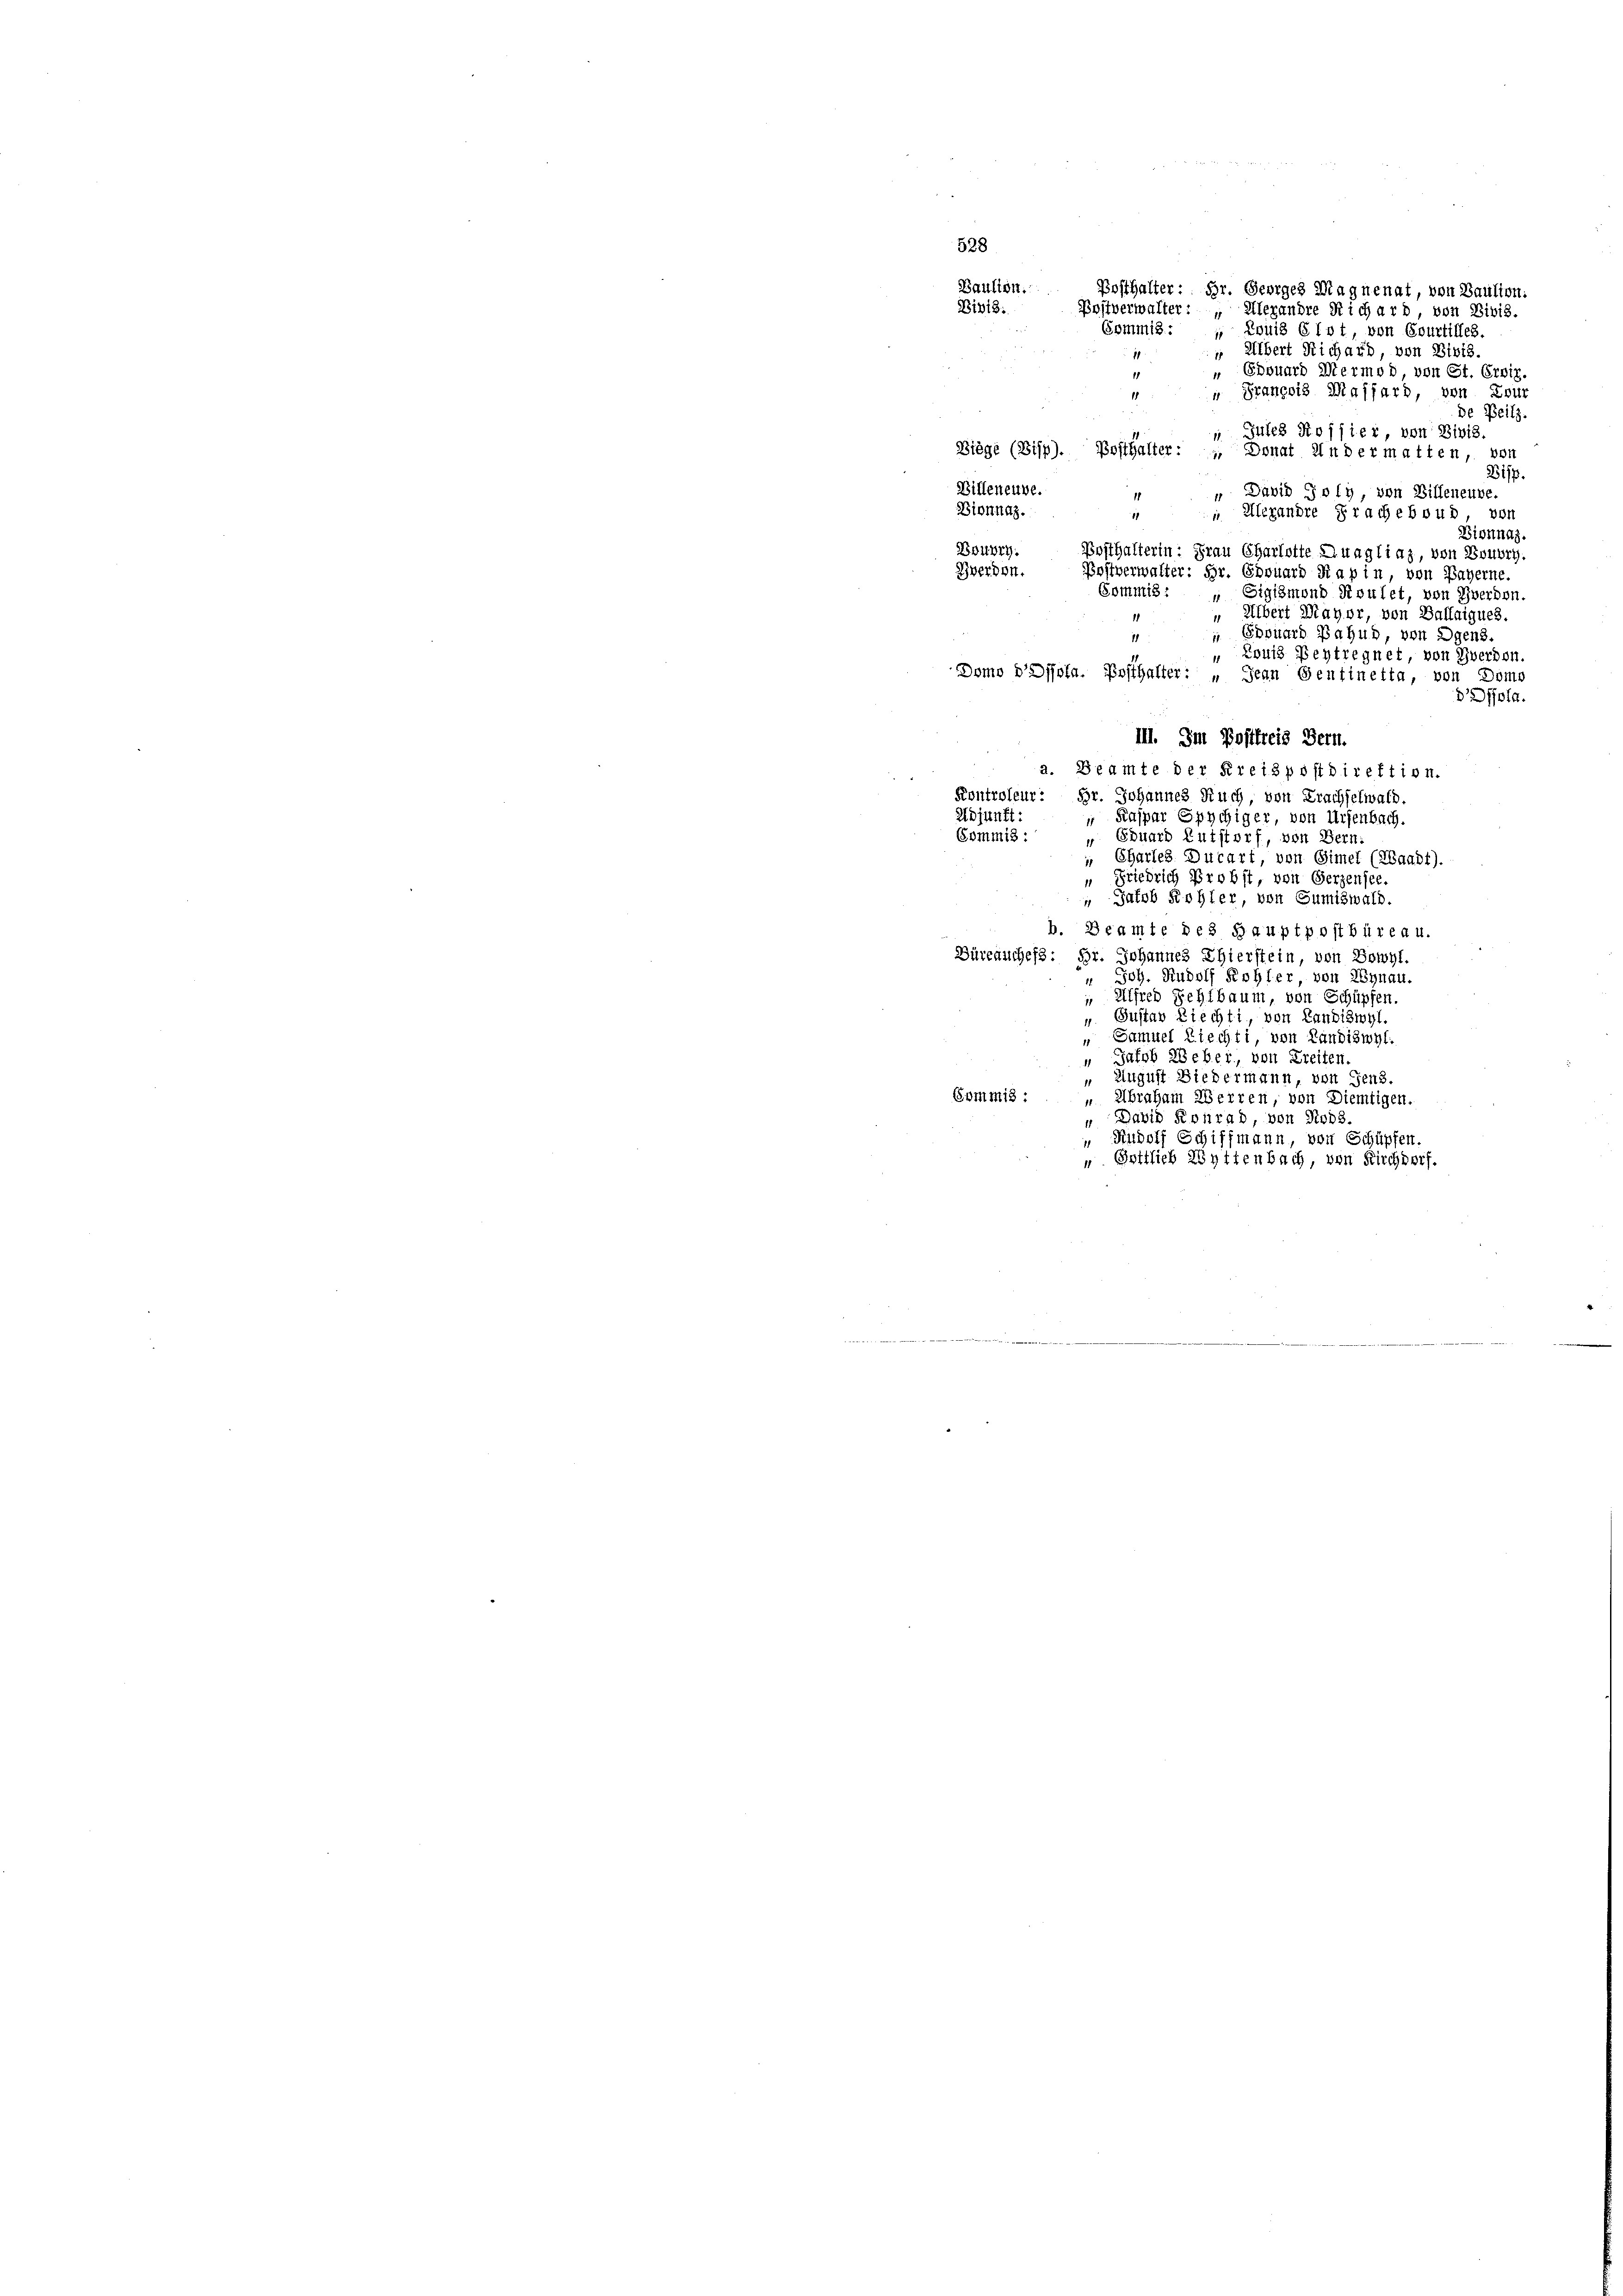
Baulion.
Posthalter: Hr. Georges Magnenat, von Bausion:
Bibid.
Postverwalter: „Alexandre Richard von Bibis.
Commis : „ Louis 610t, von Courtilles.
Albert Richard, von Bibis.
11
1
 Edouard Mermod von St. Erwiz.
" François Massard, von Lour
de Beilz.
 Gutes Rossier, von Divis.
Blège (Bisp). Posthalter: „ Donat Andermatten, von
Bisp.
Billeneuve.
" David Poly, von Billeneuve.
1
Dionnaz.
 Alexandre Prachebend, von
1
Bisnnaz.
Bouvry.
Posthalterin: Frau Charlotte Duagliaz, von Bourg.
Zwerden. Postverwalter: Hr. Eduard Kapin, von Bayerne.
Commis: „Sigismond Roulet, von Zwerden
Albert Mayer, von Ballaigues.
 Edouard Bahnd, von Dgens.
11
„ Louis Beytregnet, von Zwerden.
Domo dDisola. Posthalter: „Jean Gentinetta, von Doms
Dafola.
III. Im Postfreis Bern.
a. Beamte der Kreispostdirektion.
Kontroleur: Dr. Johannes Ruch, von Trachselwald.
Wojunft: „Kaspar Spychiger, von Ursenbach.
Commis :
 Eduard Eutstorf, von Bern.
" Chartes Ducart von Gimel (LBaadt).
“ Friedrich Probst, von Gerzensee.
Jakob Sohler von Gumiswald.
1
b. Beamte des Hauptpostbüreau.
Büreauches: Br. Johannes Thierstein, von Bowyl.
" Joh. Rudolf Kohler von Zynau.
 Alfred Sehlbaum, von Schüpfen
 Gustav Riechti, von Landiswyl
" Samuel Liechti, von Landiswyl
“ Jakob Weber, von Breiten
August Biedermann, von Gens.
Commis : „Abraham Werren, von Diemtigen.
David Konrad, von Roos
 Rudolf Schiffmann, von Schüpfen.
" Gottlieb Zyttenbach, von Kirchdorf.

528